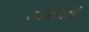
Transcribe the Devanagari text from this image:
मथिनी